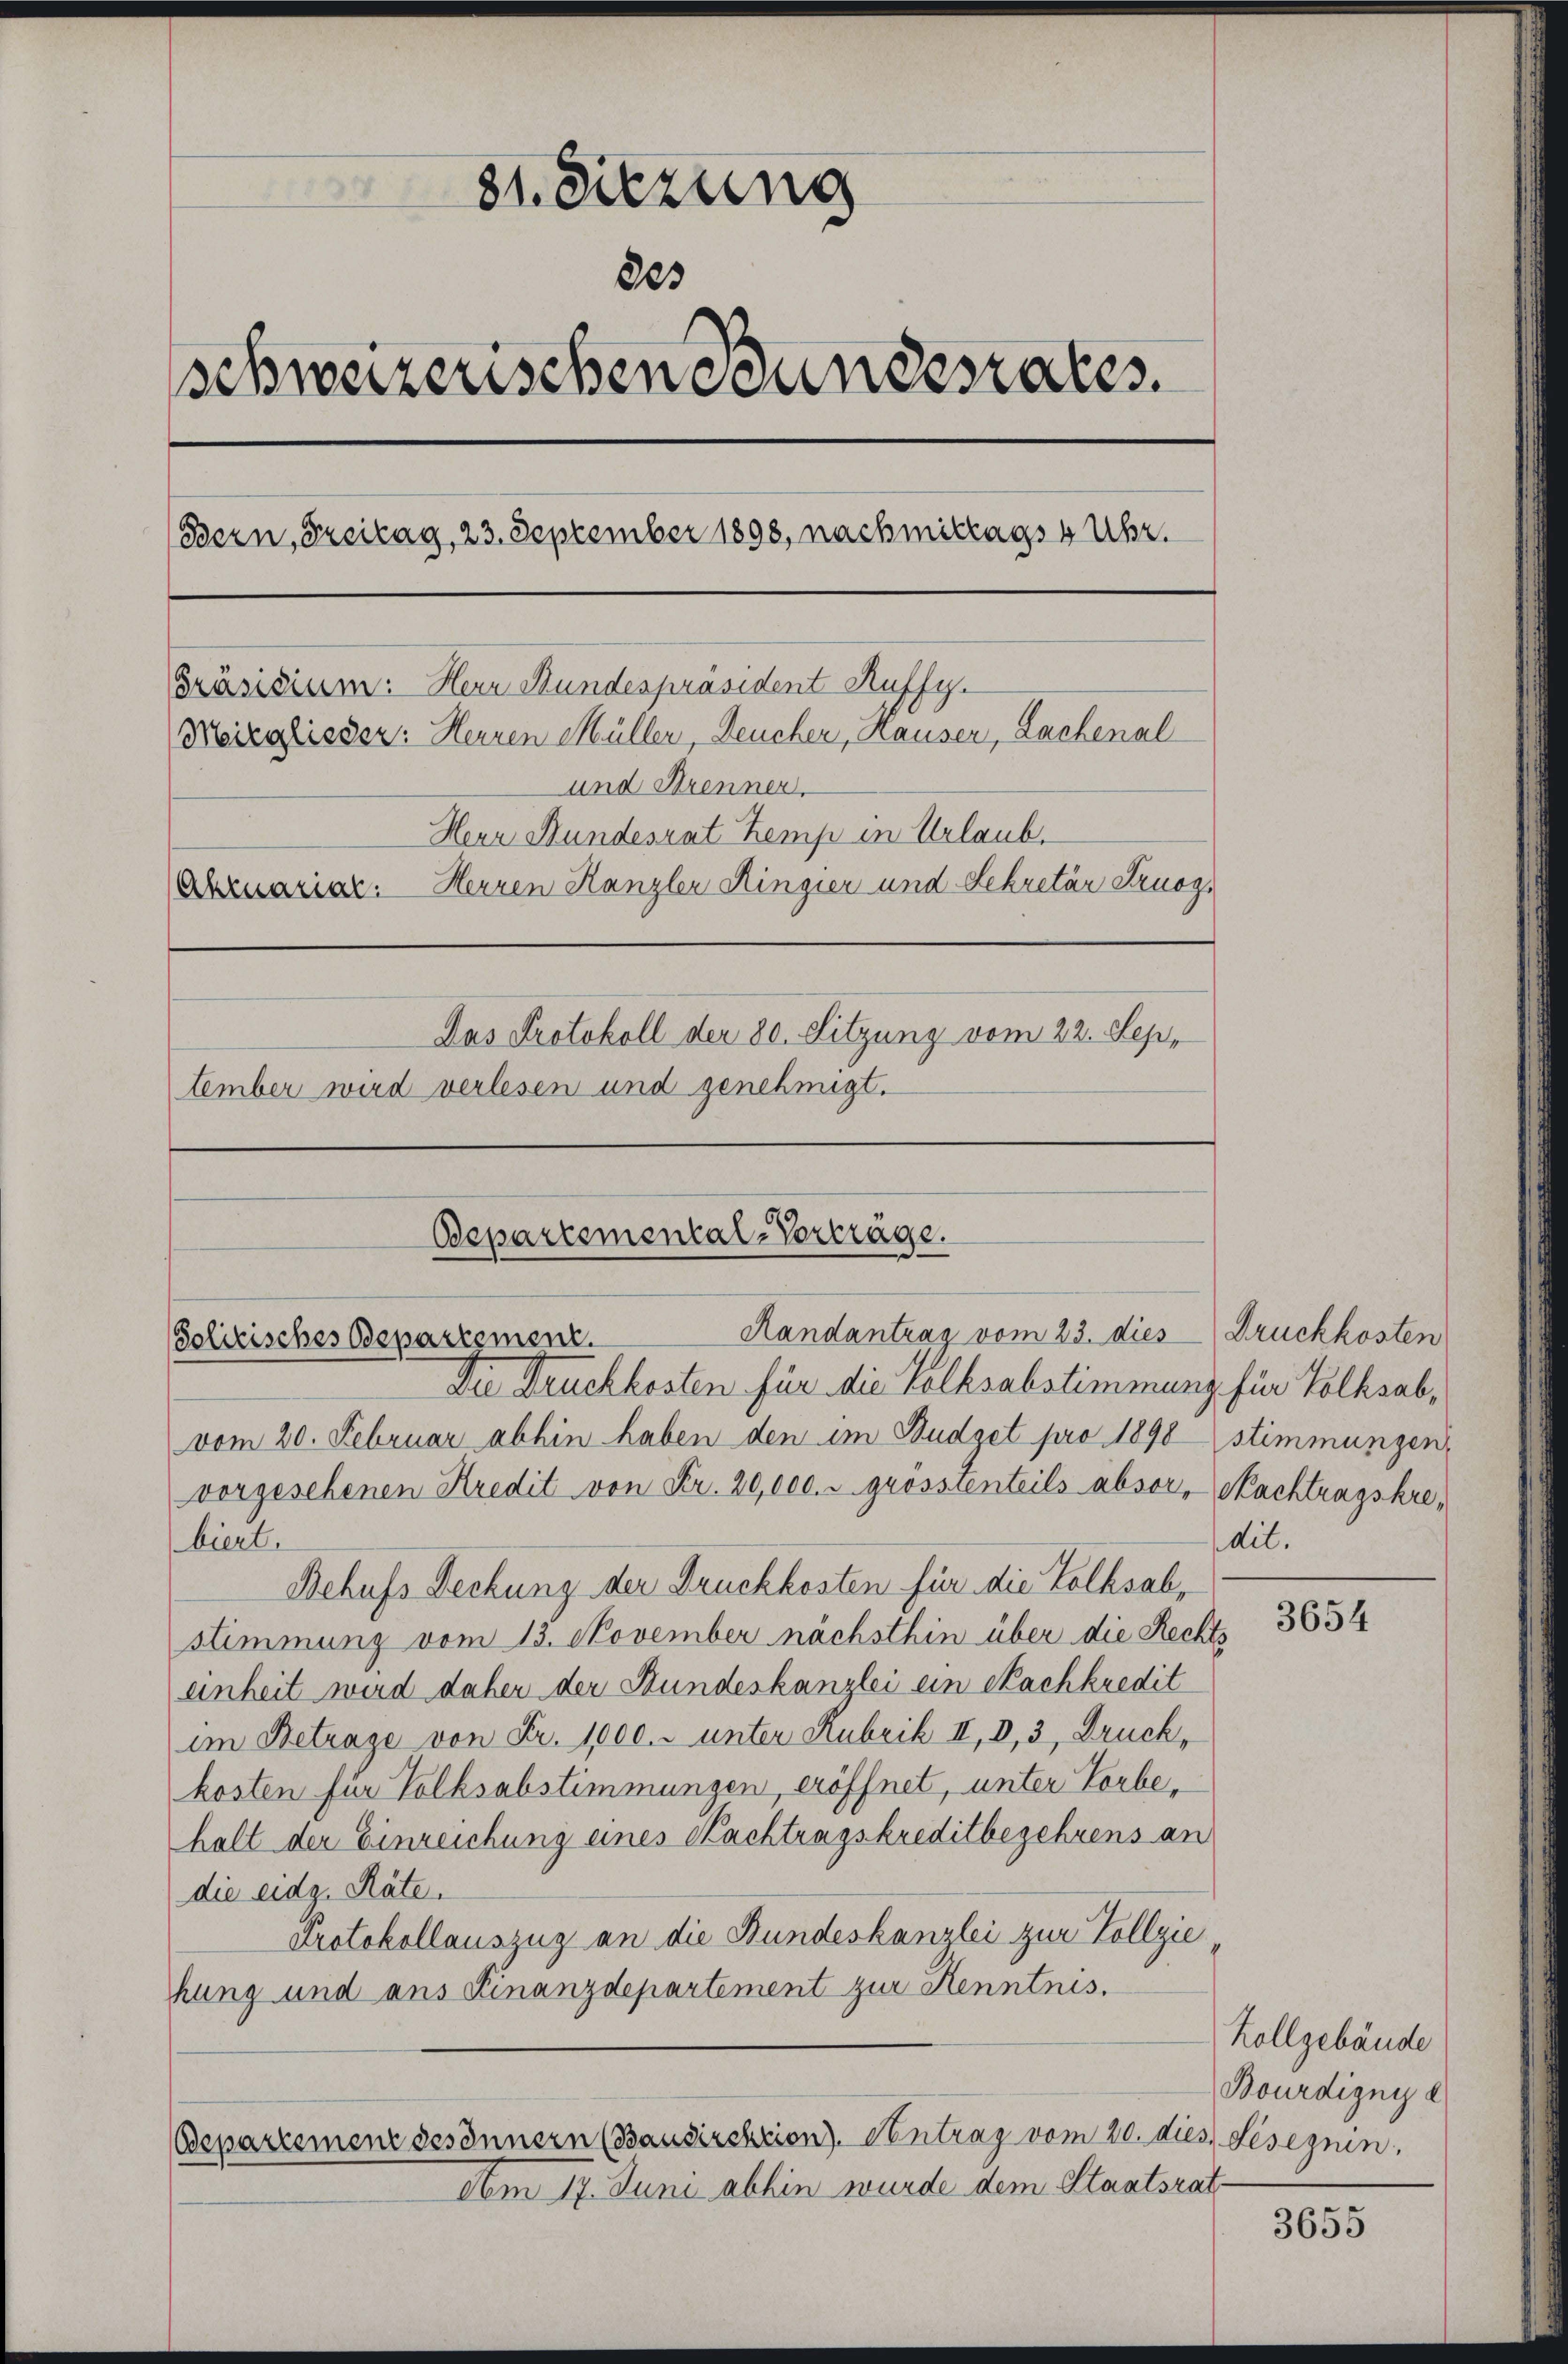
81. Sitzung
803
schweizerischen Bundesrates.
(Bern, Freitag, 23. September 1898, nachmittags 4 Uhr.
Präsisium: Herr Stundespräsident Ruffy.
Meizglieder: Herren Müller, Deucher, Hauser, Lachenal
und Brenner,
Herr Bundesrat Kemp in Urlaub.
Abruariar: Herren Kanzler Ringier und Sekretär Struog¬
Das Protokoll der 30. Sitzung vom 22. Sept
tember wird verlesen und genehmigt.

Bepartemental-Verträge.
Randantrag vom 23. dies Druckkosten
Politisches Departement.
Die Druckkosten für die Volksabstimmung für Volksab¬

vom 20. Februar abhin haben den im Budget pro 1890 stimmungen,
vorgesehenen Kredit von Fr. 20,000. u grösstenteils absor, Nachtragskrebiert.
Behufs Deckung der Druckkosten für die Volksabstimmung vom 13. November nächsthin über die Rechts
einheit wird daher der Bundeskanzlei ein Sachkredit
im Betrage von Fr. 1000. unter Rubrik II, 2, 3, Druck,
kosten für Volksabstimmungen, eröffnet, unter Vorbehalt der Einreichung eines Nachtragskreditbegehrens an
die eidg. Räte.
Protokollauszug an die Bundeskanzlei zur Vollzie
hung und aus Finanzdepartement zur Kenntnis.

Bepartement gesinnern (Bausirchcion). Antrag vom 20. dies Leseznin,

Am 17. Juni abhin wurde dem Staatsrat

dit.

3654

Kollgebäude
Bourdigny d

3655